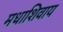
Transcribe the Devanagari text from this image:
मधाशिवाय